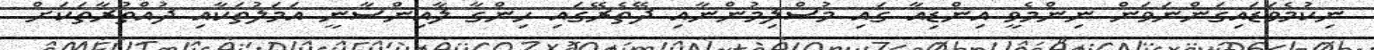
ނިކުމެވަޑައިގަންނަވަން ނިންމެވީ އިންޑިއާ ގައި މުސްލިމުންނާއި ދޭތެރޭގައި ހިންގާ ލާއިންސާނީ އަމަލުތަކާއި ދުއްތުރާތަކަށް